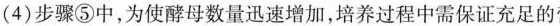
(4)步骤⑤中，为使酵母数量迅速增加，培养过程中需保证充足的营